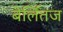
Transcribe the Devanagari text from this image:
बेर्लितज